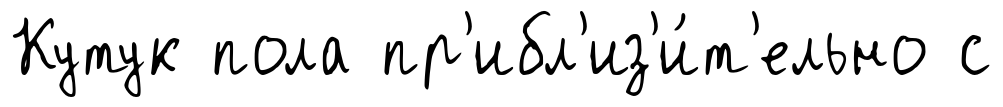
Кутук пола пр'ибл'из'и́т'ельно с